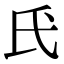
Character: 𫞕